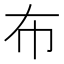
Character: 布